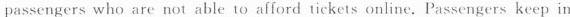
passengers who are not able to afford tickets online. Passengers keep in